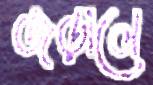
জড়ালে